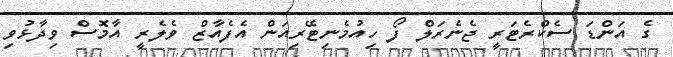
ގެ އަންޑަ ސެކްރެޓަރީ ޖެނެރަލް ފޯ ހިއުމެނިޓޭރިއަން އެފެއާޒް ވެލެރީ އާމޮސް ވިދާޅުވި